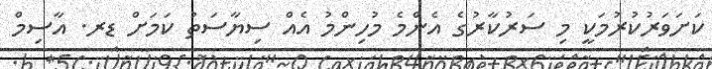
ކަށަވަރުކުރުމަކީ މި ސަރުކާރުގެ އެންމެ މުހިންމު އެއް ސިޔާސަތު ކަމަށް ޑރ. އާސިމް